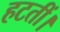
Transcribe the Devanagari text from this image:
हटतीं।